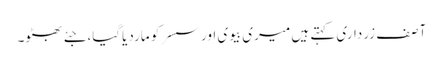
آصف زرداری کہتے ہیں میری بیوی اور سسر کو ماردیاگیا،جئے بھٹو۔